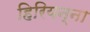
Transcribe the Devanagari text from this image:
हिरियन्ना